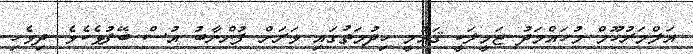
އަލްމަރުހޫމް މުހައްމަދު ޖަމީލަކީ ޤައުމީ ހިދުމަތުގައި ވަރަށް ފުންނާބު އުސް ބޭފުޅެކެވެ. ދިވެހި